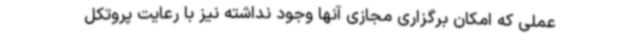
عملی که امکان برگزاری مجازی آنها وجود نداشته نیز با رعایت پروتکل